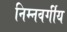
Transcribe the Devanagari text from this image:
निम्‍नवर्गीय